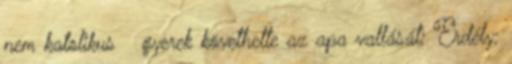
nem katolikus → gyerek követhette az apa vallását; Erdély: